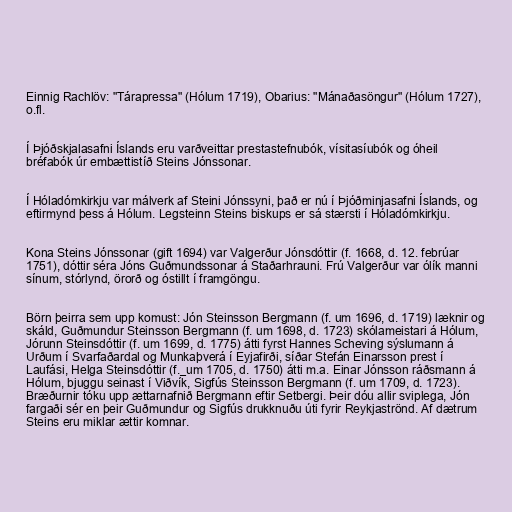
Einnig Rachlöv: "Tárapressa" (Hólum 1719), Obarius: "Mánaðasöngur" (Hólum 1727),
o.fl.

Í Þjóðskjalasafni Íslands eru varðveittar prestastefnubók, vísitasíubók og óheil
bréfabók úr embættistíð Steins Jónssonar.

Í Hóladómkirkju var málverk af Steini Jónssyni, það er nú í Þjóðminjasafni Íslands, og
eftirmynd þess á Hólum. Legsteinn Steins biskups er sá stærsti í Hóladómkirkju.

Kona Steins Jónssonar (gift 1694) var Valgerður Jónsdóttir (f. 1668, d. 12. febrúar
1751), dóttir séra Jóns Guðmundssonar á Staðarhrauni. Frú Valgerður var ólík manni
sínum, stórlynd, örorð og óstillt í framgöngu.

Börn þeirra sem upp komust: Jón Steinsson Bergmann (f. um 1696, d. 1719) læknir og
skáld, Guðmundur Steinsson Bergmann (f. um 1698, d. 1723) skólameistari á Hólum,
Jórunn Steinsdóttir (f. um 1699, d. 1775) átti fyrst Hannes Scheving sýslumann á
Urðum í Svarfaðardal og Munkaþverá í Eyjafirði, síðar Stefán Einarsson prest í
Laufási, Helga Steinsdóttir (f._um 1705, d. 1750) átti m.a. Einar Jónsson ráðsmann á
Hólum, bjuggu seinast í Viðvík, Sigfús Steinsson Bergmann (f. um 1709, d. 1723).
Bræðurnir tóku upp ættarnafnið Bergmann eftir Setbergi. Þeir dóu allir sviplega, Jón
fargaði sér en þeir Guðmundur og Sigfús drukknuðu úti fyrir Reykjaströnd. Af dætrum
Steins eru miklar ættir komnar.